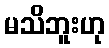
မသိဘူးဟု